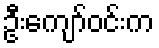
ဦးကျော်ဝင်းက